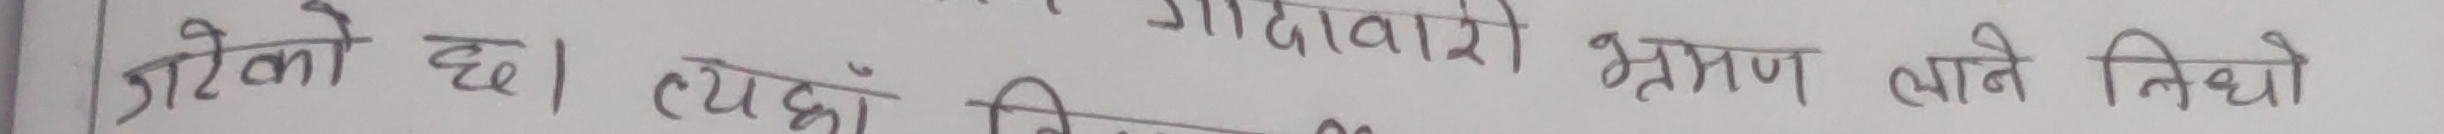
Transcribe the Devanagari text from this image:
राखेको छ। त्यहाँ जिदावारी भ्रमण जाने निधो